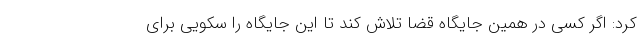
کرد: اگر کسی در همین جایگاه قضا تلاش کند تا این جایگاه را سکویی برای